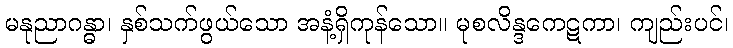
မနုညာဂန္ဓာ၊ နှစ်သက်ဖွယ်သော အနံ့ရှိကုန်သော။ မုစလိန္ဒကေဋကာ၊ ကျည်းပင်၊